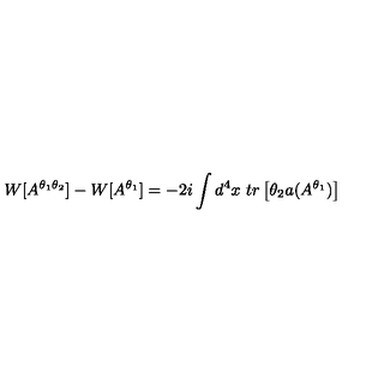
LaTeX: W [ A ^ { \theta _ { 1 } \theta _ { 2 } } ] - W [ A ^ { \theta _ { 1 } } ] = - 2 i \int d ^ { 4 } x \ t r \left[ \theta _ { 2 } a ( A ^ { \theta _ { 1 } } ) \right]